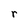
Character: r